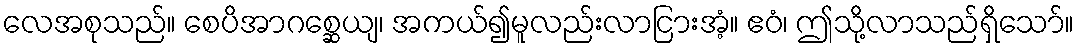
လေအစုသည်။ စေပိအာဂစ္ဆေယျ၊ အကယ်၍မူလည်းလာငြားအံ့။ ဧဝံ၊ ဤသို့လာသည်ရှိသော်။